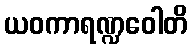
ယဝကာရဏ္ဍဝေါတိ